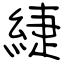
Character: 緁